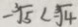
- \sqrt [ 3 ] { 5 } < - \sqrt [ 3 ] { 4 }